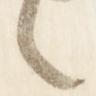
言